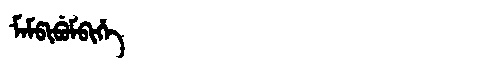
Manchu: ᠮᠠᠮᡦᡳᠪᡠᠮᠪᡳᡥᡝ
Romanization: MAMPIBUMBIHE